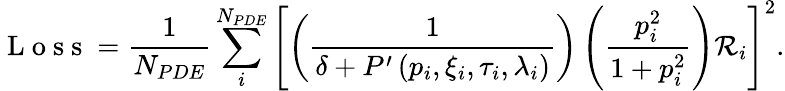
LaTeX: \mathrm{~L~o~s~s~}=\frac{1}{N_{PDE}}\sum_{i}^{N_{PDE}}\left[\left(\frac{1}{\delta+P^{\prime}\left(p_{i},\xi_{i},\tau_{i},\mathbf{\lambda}_{i}\right)}\right)\left(\frac{p_{i}^{2}}{1+p_{i}^{2}}\right)\mathcal{R}_{i}\right]^{2}.